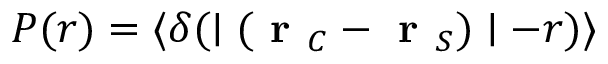
P ( r ) = \langle \delta ( \mid ( \textbf { r } _ { C } - \textbf { r } _ { S } ) \mid - r ) \rangle